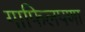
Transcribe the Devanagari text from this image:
गाफिलपणा